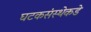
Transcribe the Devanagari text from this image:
घटकसंस्थेकडे